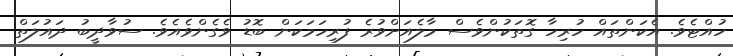
ހުއްޓެވެ. އެކަންތައް ހުރިހާ ގޮތަކުންވެސް މާލެއަށްވުރެ ފުރިހަމަކަން ބޮޑު ވެގެންވެއެވެ. ސުވާދީބު ދައުލަތް